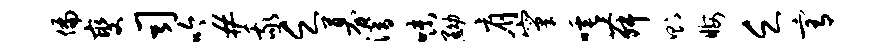
偏燮司吟#我乏募潜味黝肩窠唾舞则晦乏宥